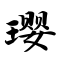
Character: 璎